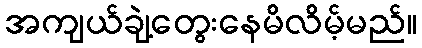
အကျယ်ချဲ့တွေးနေမိလိမ့်မည်။